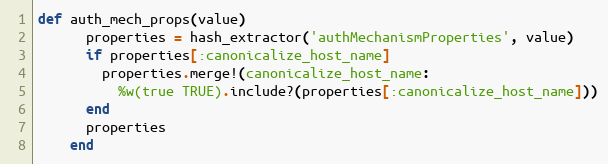
Language: Ruby
def auth_mech_props(value)
      properties = hash_extractor('authMechanismProperties', value)
      if properties[:canonicalize_host_name]
        properties.merge!(canonicalize_host_name:
          %w(true TRUE).include?(properties[:canonicalize_host_name]))
      end
      properties
    end